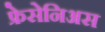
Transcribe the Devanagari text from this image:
फ्रेसेनिअस